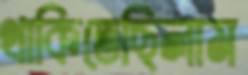
থাকিতেছিলাম